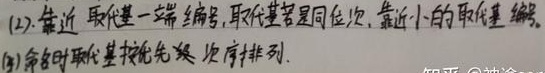
(2). 靠近取代基一端编号, 取代基若是同位次, 靠近小的取代基编号。
(3)命名时代基按优先顺序排列.  知乎@神途